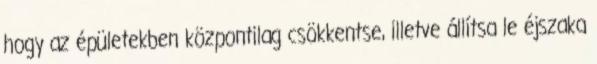
hogy az épületekben központilag csökkentse, illetve állítsa le éjszaka